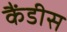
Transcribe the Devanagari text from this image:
कैंडीस